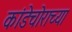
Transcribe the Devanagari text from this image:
कांडेचोराच्या